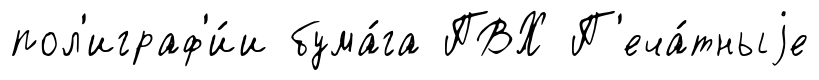
пол'играф'и́и бума́га ПВХ П'еча́тныjе